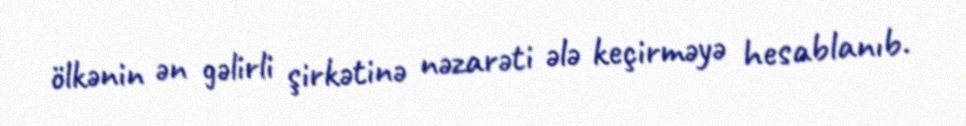
ölkənin ən gəlirli şirkətinə nəzarəti ələ keçirməyə hesablanıb.